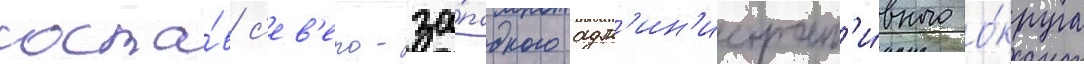
соста́в с'ев'еро-за́падного адм'ин'истрат'и́вного о́круга